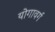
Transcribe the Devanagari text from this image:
योगावर्ग